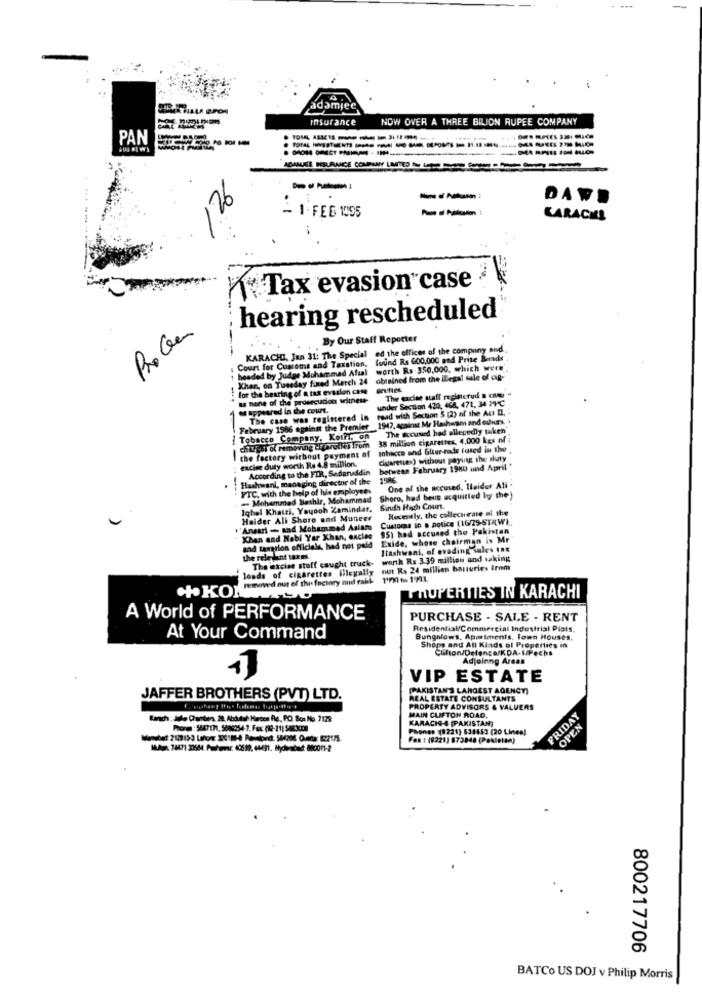
adamjee
Insurance
NOW OVER A THREE BILION RUPEE COMPANY
PAN
- -- :
DAW.
- 1- FEB 1055
CARACAS
Tax evasion"case
hearing rescheduled
Probeer
.-
By Our Staff Reporter
KARACHI, Jan 31: The Special ed the offices of the compuny and
Court for Customs and Taxstion, found Rs 600,000 and Prite Bande .
Judge Muhammad Afzal worth Rs 350,000, which were'.
headed by Judge M
Xhan, on Tuesday fixed Merch 24
obtained from the Illegal sale of cig-
for the bearing of a tax evasion case
as none of the prosecution witness-
under Section 420, 464, 471, 34 PVC
The excise suaft registerud a can
Ne appeared in the court.
read with Section 5 (2) of the Ac I.
February 1986 against the Premier 1947, against Me Hashwani and ouurs, .
The case was registered in
The accused had allegedly taken
Tobacco Company, Kotr, on
38 million cigarettes, 4,000 kgs of ;
the factory without payment of
chturgut of removing algargillis Trom
tobacco and Gler-rods (used in the
excise duty worth He 4.8 million.
chataresses) without paying the duty
According to the FIR, Sedanuddin
between February 1980 und April
Hashwani, managing director of the
--------
One of the accused, Ileider Ali -
FTC, with the help of his en
- Mohammed Bashir, Mohammad
TC. w
Shoro, had beus acquitted by the )
Iqbal Khatri, Yayooh Zamindar.
Sindh High Court.
Hexmaly, the collecurate of the
Haider All Shore und Muneer
Custoces in . notice (16/29-STRW).
""Ansari - and Mohammed Asiam
95) had accused the Pakistan
Khan and Habi Yar Xhan, exclae
Exide, whose chairman is Mr
and taxation officials, had not paid
Itashwani, of evading sales InX
the rele dant taxes.
The excise stoff caught truck- werth Rs 3.39 million and taking
loads of cigarettes illegally
out Rs 24 million baueries Irom
removed out of this factory mud rakk 1'70) to 1731.
TROPERTIES IN KARACHI
*+KON
A World of PERFORMANCE
PURCHASE - SALE - RENT
Residential/Commercial Industrial Piots.
At Your Command
Bungalows, Apartments, Town Houses,
Shops and All Kinds of Properties in
Clifton/Delenca/KDA-UPechs
Adjoinng Areas
1)
VIP ESTATE
(PAKISTAN'S LARGEST AGENCY)
JAFFER BROTHERS (PVT) LTD.
REAL ESTATE CONSULTANTS
PROPERTY ADVISORS & VALUERS
FRIDAY
MAIN CLIFTON ROAD,
KARACIG-S (PAKISTAN]
OPEN
Por : 5847171, 5049254-7. Fax (12-21) 54830)
Phones (8221) 638453 (20 Linea]
Fax : (8221) 873848 (Pakistan)
800217706
BATCo US DOJ v Philip Morris